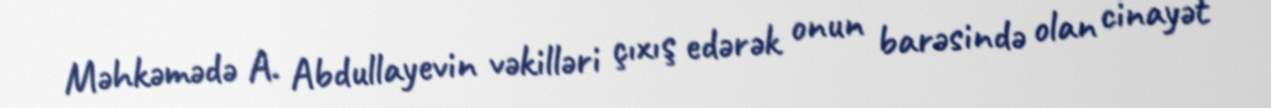
Məhkəmədə A. Abdullayevin vəkilləri çıxış edərək onun barəsində olan cinayət